Senior Leaving Certificate Examination (including Day School Certificate (Higher) General paper), 1950
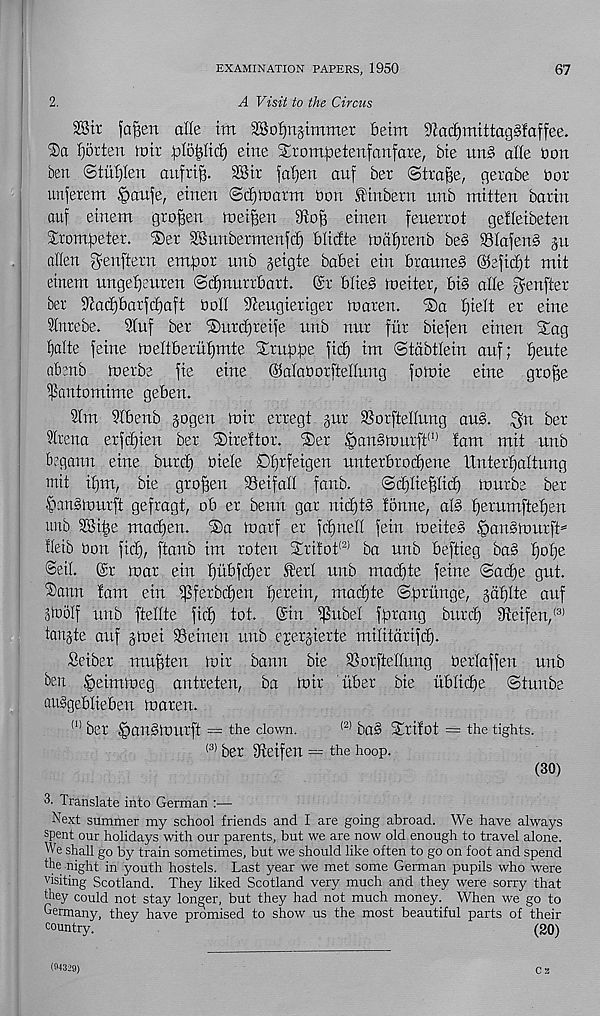
EXAMINATION PAPERS, 1950
67
2.
A Visit to the Circus
28tt fa^en die im 3So^n§tmmer betm 3Za^mittag§faffee.
®a Horten loir plbpcf) eme irompetenfanfare, bte un§> alle bon
ben ©tiiplen aufrtp. SStr japen auf ber ©trape, gerctbe Dor
unferem §au)e, etnen ®diinarm bon finbern unb mitten barin
auf einem grofjen loeipen
einen feuerrot getteibeten
Xrompeter. ®er SSunbermenfc^ blictte tociprenb be§ $81afen§ §u
alien ^enftern empor unb geigte babei ein brauneb ©ejicpt mit
einem ungepeuren (Scpnurrbart. (£r blieb loeiter, bib alle genfter
ber ^acpbarfcpaft boll ^eugieriger toaren.
pielt er eine
inrebe.
9Xuf ber ®urcpreife unb nur fur biefen einen Sag
^alte feme loeltberupmte Sruppe fid) im ©tabtlein auf; peute
abenb toerbe fie eine ©alaborftellung foluie eine grope
pantomime geben.
31m 9Ibenb gogen loir erregt §ur SSorftellung aub. ^n ber
^Irena erfcpien ber Sirettor. Ser ^>anbiourft (I) tarn mit unb
beganu eine burcp biele Oprfeigen unterbrocpene IXnterpaltung
mit ipm, bie gropen 33eifaII fanb.
®d)lieplid) lourbe ber
Cmnbiourft gefragt, ob er berm gar nicptb tonne, alb perumftepen
unb SSipe madfen. S)a loarf er fcpnell fein roeiteb Ipaublourft^
tleib bon fid), ftanb im roten Sri!ot (2) ba unb beftieg bab pope
©eil. Sr loar ein pubfcper ^!erl unb madte feme @acpe gut.
®ann tarn ein ijSferbcpen perein, macpte ©prunge, gaplte auf
Jlbolf unb ftellte ficp tot. Sin |$ubel fprang burcp ?fteifen, (3)
tanjte auf jtoei SSeinen nub ejerjierte militdrifcp.
Seiber mupten loir bann bie 2]orpellung berlaffen unb
ben ^eimloeg antreten, ba loir liber bie iiblicpe ©tunbe
aubgeblieben loarert.
(I) ber IpanblOUrft = the clown.
(2) bab Srifot = the tights.
(3) ber 9teifen — the hoop.
(30)
3- Translate into German :—
Next summer my school friends and I are going abroad. We have always
spent our holidays with our parents, but we are now old enough to travel alone.
We shall go by train sometimes, but we should like often to go on foot and spend
the night in youth hostels. Last year we met some German pupils who were
visiting Scotland. They liked Scotland very much and they were sorry that
they could not stay longer, but they had not much money. When we go to
Germany, they have promised to show us the most beautiful parts of their
country.
(20)
Cs
(94329)